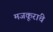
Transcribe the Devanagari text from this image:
मजकूरांचे